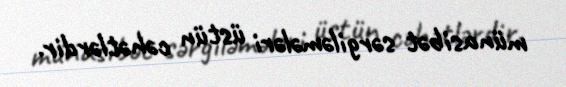
münasibət sərgiləmələri üstün cəhətlərdir.